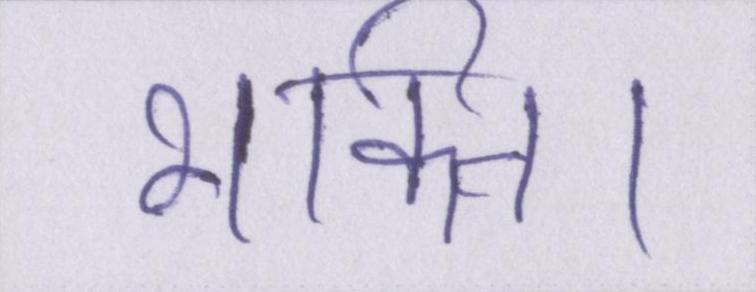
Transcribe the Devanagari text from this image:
भक्ति।